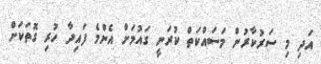
އަދި މި ސަރުކާރުން މަސައްކަތް ކުރަނީ ގައުމަށް އެންމެ ފައިދާ ހުރި ގޮތަކަށް